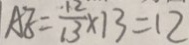
A E = \frac { 1 2 } { 1 3 } \times 1 3 = 1 2